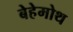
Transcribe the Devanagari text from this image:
बेहेमोथ